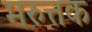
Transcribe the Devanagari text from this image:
मरुत्तक